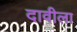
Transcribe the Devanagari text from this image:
दावीला